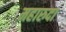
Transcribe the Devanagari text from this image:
महारुदा